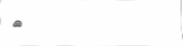
٦